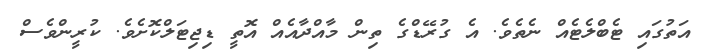
އަތުގައި ޓެބްލެޓެއް ނެތެވެ. އެ ގުރޭޑްގެ ތިން މާއްދާއެއް އޮތީ ޑިޖިޓަލްކޮށެވެ. ކުރީންވެސް